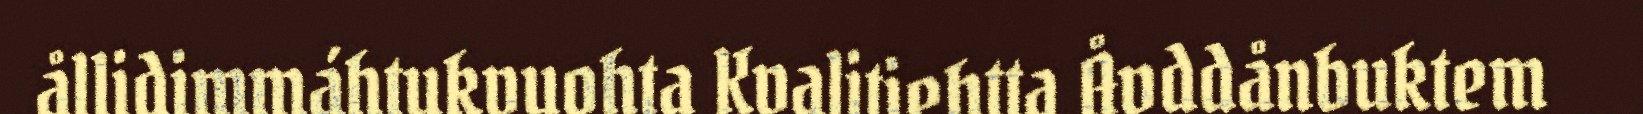
ållidimmáhtukvuohta Kvalitiehtta Åvddånbuktem